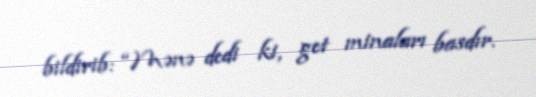
bildirib: “Mənə dedi ki, get minaları basdır.